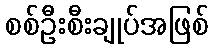
စစ်ဦးစီးချုပ်အဖြစ်